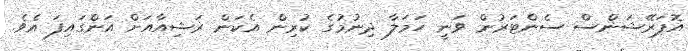
އޮޕަރޭޝަންސް ސެންޓަރުން ވަނީ ހަމަލާ ދިނުމުގެ ކުރިން އެކަން ރަޝިއާއަށް އަންގައިފަ އެވެ.